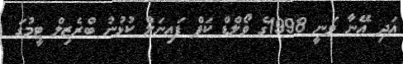
އަދި އޭނާ ވަނީ 1998ގެ ވޯލްޑް ކަޕް ފައިނަލް ކުޅުނު ބްރެޒިލް ޓީމުގަ